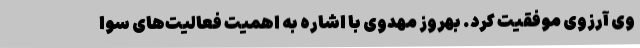
وی آرزوی موفقیت کرد. بهروز مهدوی با اشاره به اهمیت فعالیت‌های سوا